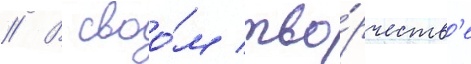
// В своо́м тво́рчеств'е